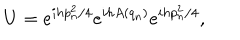
U = e ^ { i h p _ { n } ^ { 2 } / 4 } e ^ { i h A ( q _ { n } ) } e ^ { i h p _ { n } ^ { 2 } / 4 } ,